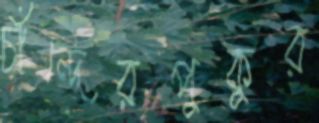
চাঁন্দেরপুকুর